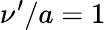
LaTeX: \nu^{\prime}/a=1